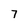
Character: 7